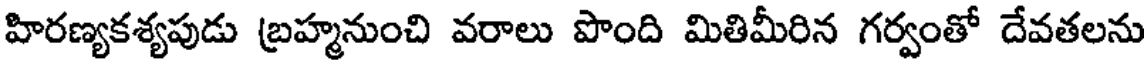
హిరణ్యకశ్యపుడు బ్రహ్మనుంచి వరాలు పొంది మితిమీరిన గర్వంతో దేవతలను